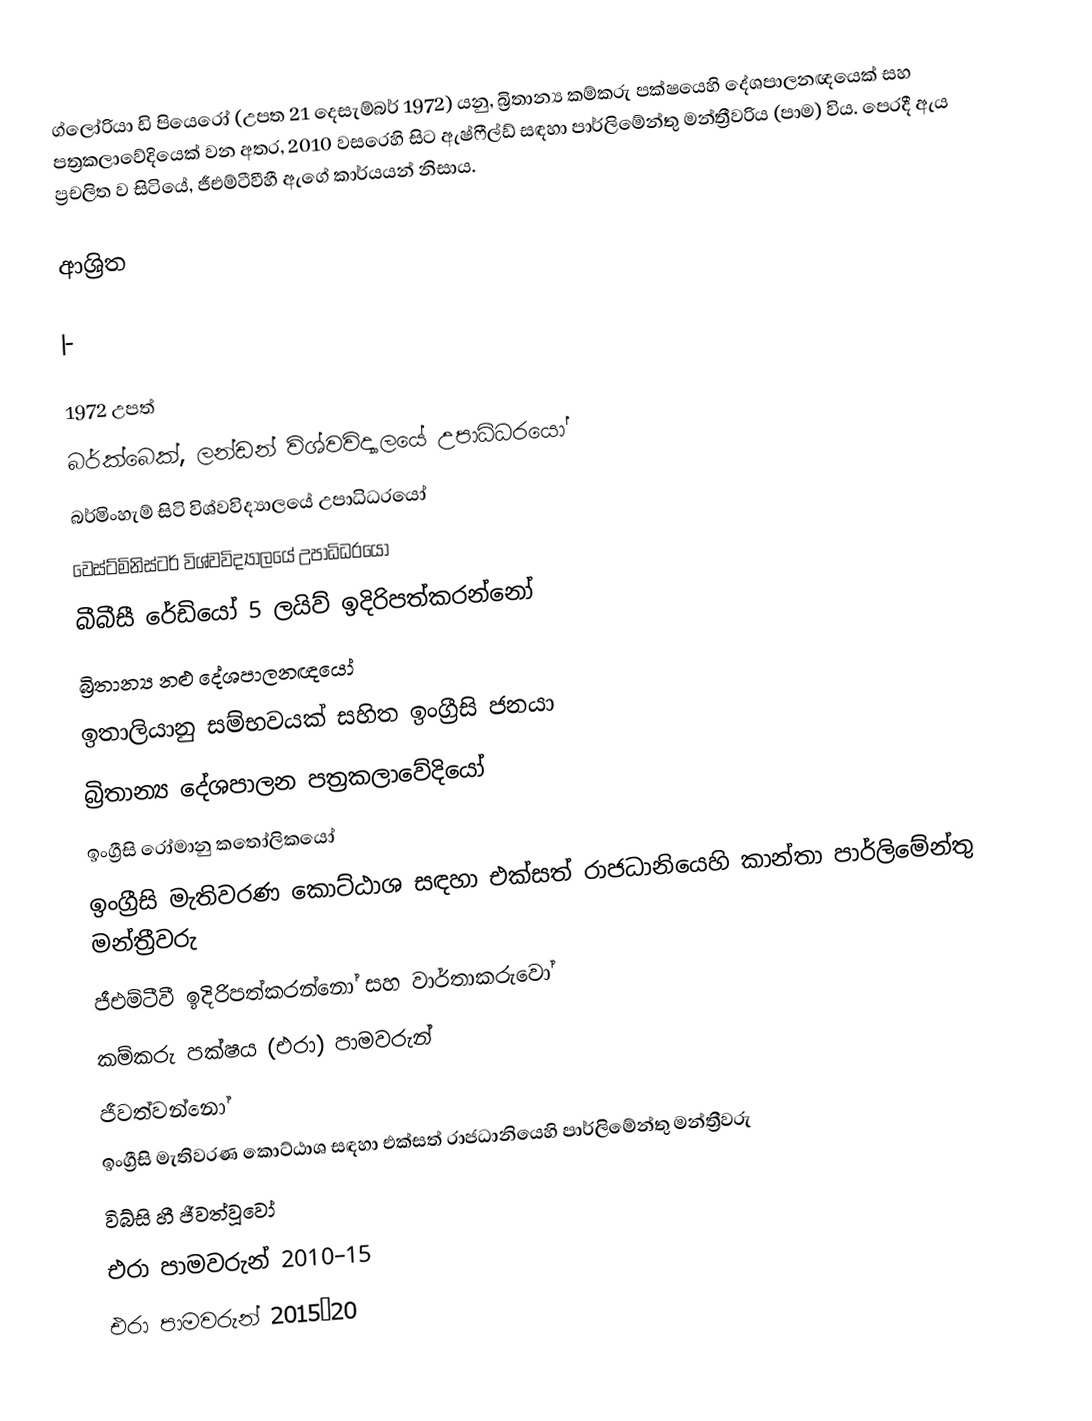
ග්ලෝරියා ඩි පියෙරෝ (උපත 21 දෙසැම්බර් 1972) යනු,  බ්‍රිතාන්‍ය  කම්කරු පක්ෂයෙහි දේශපාලනඥයෙක් සහ පත්‍රකලාවේදියෙක් වන අතර,    2010 වසරෙහි සිට ඇෂ්ෆීල්ඩ් සඳහා පාර්ලිමේන්තු මන්ත්‍රීවරිය (පාම) විය. පෙරදී ඇය ප්‍රචලිත ව සිටියේ,  ජීඑම්ටීවීහී ඇගේ කාර්යයන් නිසාය.

ආශ්‍රිත

|-

1972 උපත්
 බර්ක්බෙක්, ලන්ඩන් විශ්වවිද්‍යාලයේ උපාධිධරයෝ
 බර්මිංහැම් සිටි විශ්වවිද්‍යාලයේ උපාධිධරයෝ
වෙස්ට්මිනිස්ටර් විශ්වවිද්‍යාලයේ උපාධිධරයෝ
බීබීසී රේඩියෝ 5 ලයිව් ඉදිරිපත්කරන්නෝ
බ්‍රිතාන්‍ය නළු දේශපාලනඥයෝ
ඉතාලියානු සම්භවයක් සහිත ඉංග්‍රීසි ජනයා
බ්‍රිතාන්‍ය දේශපාලන පත්‍රකලාවේදියෝ
ඉංග්‍රීසි රෝමානු කතෝලිකයෝ
 ඉංග්‍රීසි මැතිවරණ කොට්ඨාශ සඳහා එක්සත් රාජධානියෙහි කාන්තා පාර්ලිමේන්තු මන්ත්‍රීවරු
ජීඑම්ටීවී ඉදිරිපත්කරන්නෝ සහ වාර්තාකරුවෝ
කම්කරු පක්ෂය (එරා) පාමවරුන්
ජීවත්වන්නෝ
ඉංග්‍රීසි මැතිවරණ කොට්ඨාශ සඳහා එක්සත් රාජධානියෙහි පාර්ලිමේන්තු මන්ත්‍රීවරු
 විබ්සි හී ජීවත්වූවෝ
එරා පාමවරුන් 2010–15
එරා පාමවරුන් 2015–20